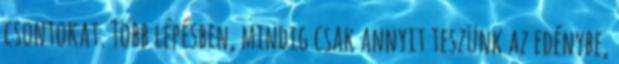
csontokat. Több lépésben, mindig csak annyit teszünk az edénybe,